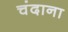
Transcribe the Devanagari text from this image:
चंदाना